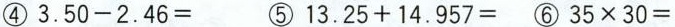
④3.50-2.46= ⑤13.25+14.957=⑥35×30=